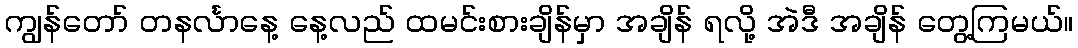
ကျွန်တော် တနင်္လာနေ့ နေ့လည် ထမင်းစားချိန်မှာ အချိန် ရလို့ အဲဒီ အချိန် တွေ့ကြမယ်။